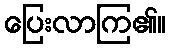
ပြေးလာကြ၏။